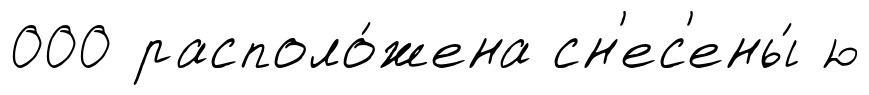
000 располо́жена сн'ес'ены́ ю